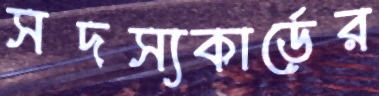
সদস্যকার্ডের